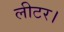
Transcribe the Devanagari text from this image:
लीटर।